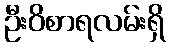
ဦးဝိစာရလမ်းရှိ